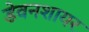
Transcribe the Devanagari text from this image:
डेवनशायर